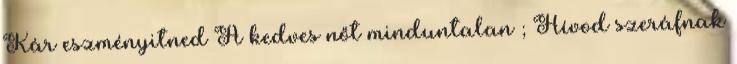
Kár eszményitned A kedves nőt minduntalan ; Hívod szeráfnak